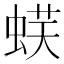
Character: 𧋞